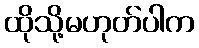
ထိုသို့မဟုတ်ပါက